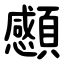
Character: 䫲